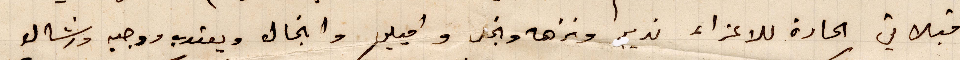
قبلاتي الحارة للاعزاء نديرا ونزهة وانجي واميلي وانجال ويعقوب ووجيه ورشال